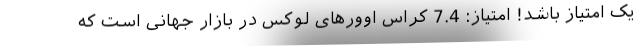
یک امتیاز باشد! امتیاز: 7.4 کراس اوورهای لوکس در بازار جهانی است که